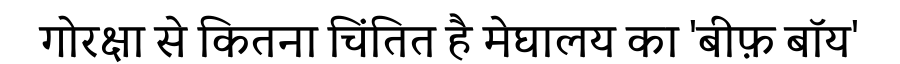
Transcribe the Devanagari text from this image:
गोरक्षा से कितना चिंतित है मेघालय का 'बीफ़ बॉय'